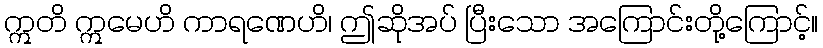
ဣတိ ဣမေဟိ ကာရဏေဟိ၊ ဤဆိုအပ် ပြီးသော အကြောင်းတို့ကြောင့်။